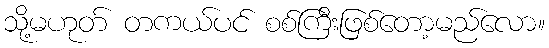
သို့မဟုတ် တကယ်ပင် စစ်ကြီးဖြစ်တော့မည်လော။